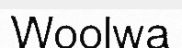
Woolwa